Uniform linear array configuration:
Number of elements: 12
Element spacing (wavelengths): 0.5
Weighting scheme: hann
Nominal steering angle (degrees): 15
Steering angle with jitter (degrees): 13.609
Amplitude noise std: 0.05
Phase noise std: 0.05

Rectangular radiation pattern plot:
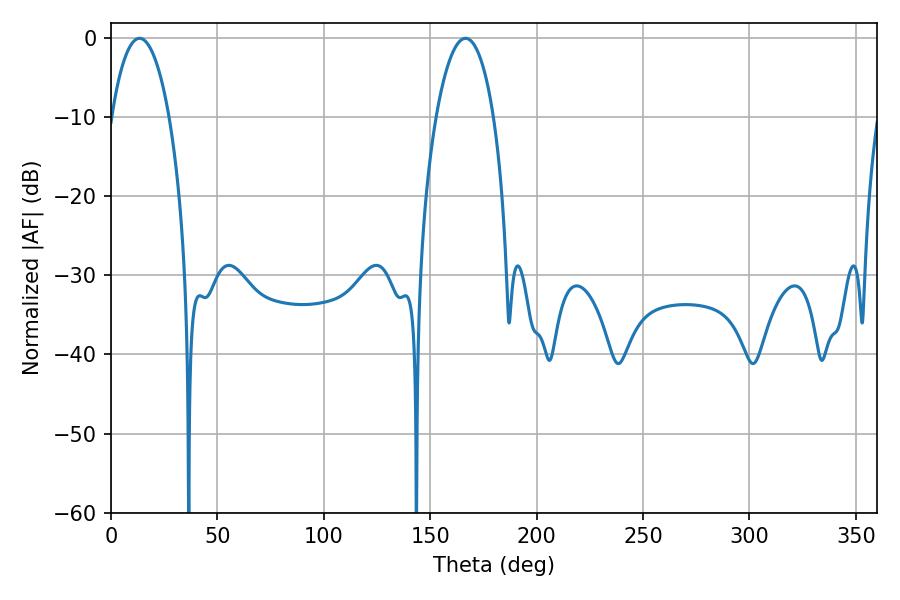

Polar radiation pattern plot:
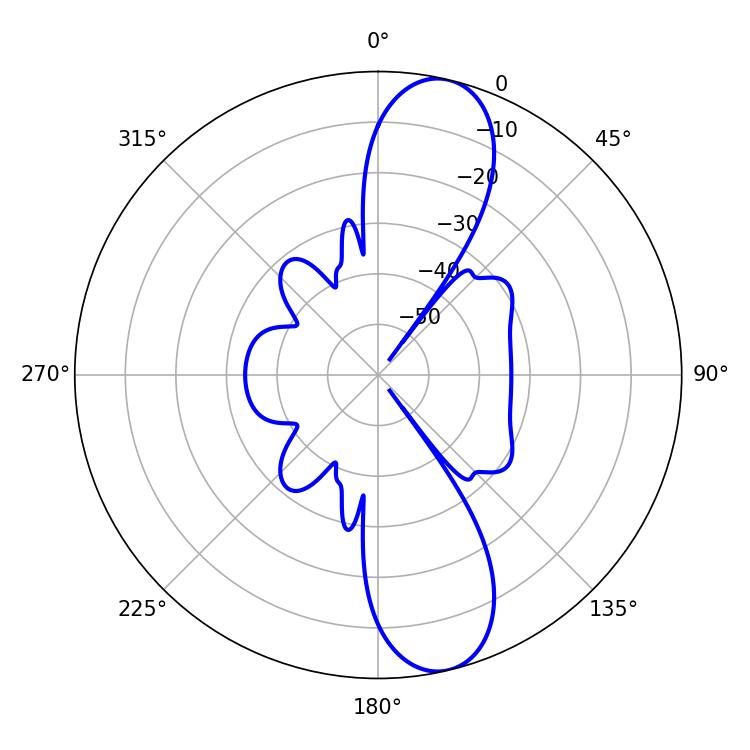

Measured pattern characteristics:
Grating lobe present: FALSE
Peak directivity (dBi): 11.815
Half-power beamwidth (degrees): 15.12
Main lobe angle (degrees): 13.5